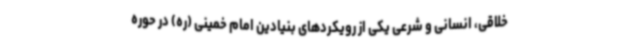
خلاقی، انسانی و شرعی یکی از رویکردهای بنیادین امام خمینی (ره) در حوره